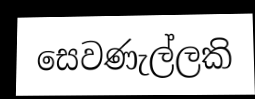
සෙවණැල්ලකි